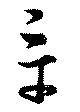
章